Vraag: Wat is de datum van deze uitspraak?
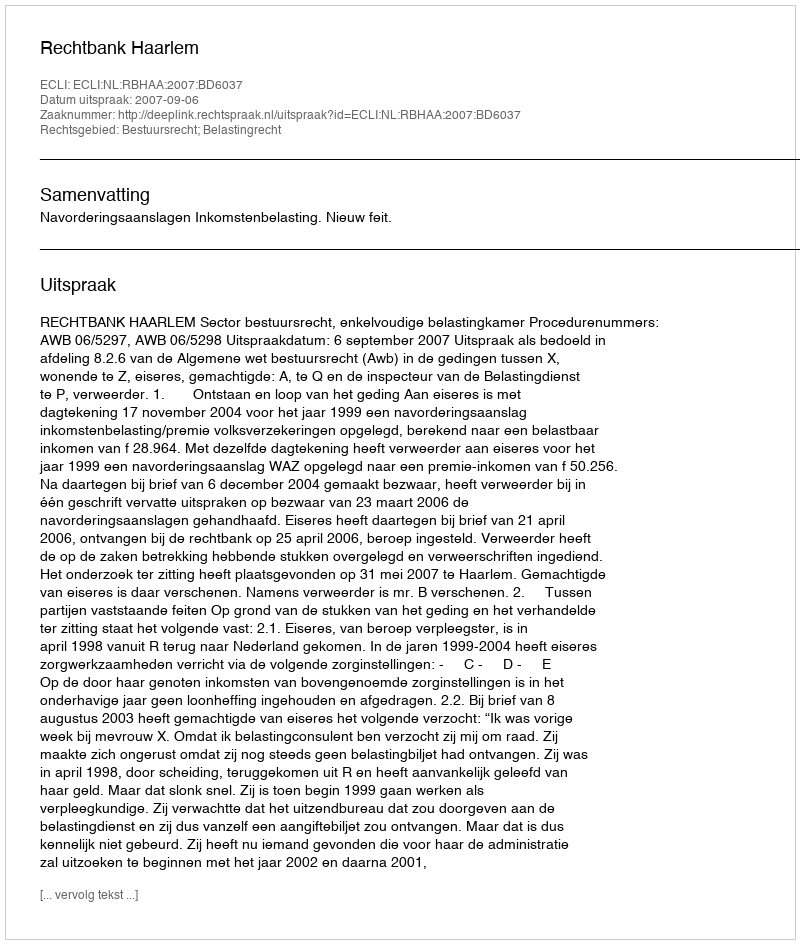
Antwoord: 2007-09-06